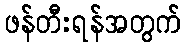
ဖန်တီးရန်အတွက်